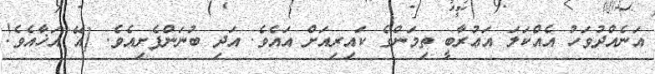
އަނެއްދުވަހު އެއްކަލަ އަޢުރާބީ ތިމަންގެ ކައިރިއަށް އައެވެ. އަދި ބުނަންފެށިއެވެ. [އޭ އަޚާއެވެ!